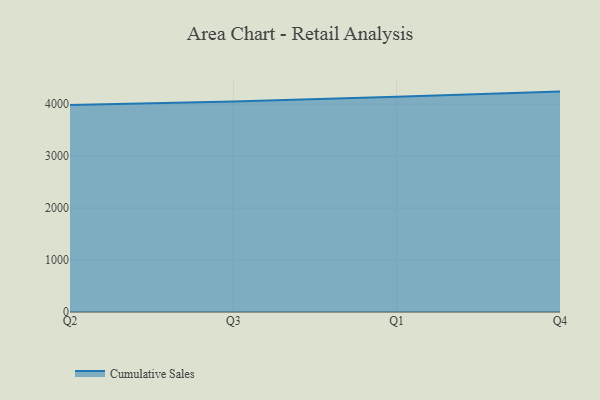
{"axis": {"x": "Quarter", "y": "Conversion Rate (%)"}, "legend": ["Cumulative Sales"], "data": [{"x": "Q2", "y": 3982.8, "type": "Cumulative Sales"}, {"x": "Q3", "y": 4049.9, "type": "Cumulative Sales"}, {"x": "Q1", "y": 4142.1, "type": "Cumulative Sales"}, {"x": "Q4", "y": 4242.2, "type": "Cumulative Sales"}]}